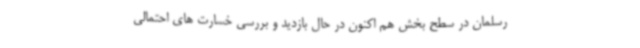
رسلمان در سطح بخش هم اکنون در حال بازدید و بررسی خسارت های احتمالی